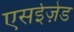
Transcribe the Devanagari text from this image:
एसईज़ेड